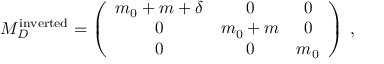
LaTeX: M _ { D } ^ { \mathrm { i n v e r t e d } } = \left( \begin{array} { c c c } { { m _ { 0 } + m + \delta } } & { { 0 } } & { { 0 } } \\ { { 0 } } & { { m _ { 0 } + m } } & { { 0 } } \\ { { 0 } } & { { 0 } } & { { m _ { 0 } } } \end{array} \right) \; ,